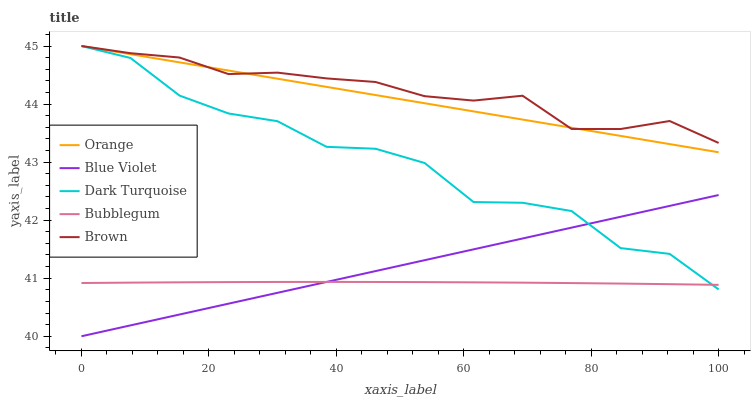
| xaxis_label | Orange | Blue Violet | Dark Turquoise | Bubblegum | Brown |
 | --- | --- | --- | --- | --- | --- |
 | 0 | 45 | 40 | 45 | 40.9 | 45 |
 | 7.69 | 44.9 | 40.2 | 44.8 | 40.9 | 44.9 |
 | 15.4 | 44.7 | 40.4 | 44.1 | 40.9 | 44.8 |
 | 23.1 | 44.6 | 40.6 | 43.8 | 40.9 | 44.5 |
 | 30.8 | 44.4 | 40.7 | 43.7 | 40.9 | 44.5 |
 | 38.5 | 44.3 | 40.9 | 43.3 | 40.9 | 44.4 |
 | 46.2 | 44.2 | 41.1 | 43.2 | 40.9 | 44.4 |
 | 53.8 | 44 | 41.3 | 43 | 40.9 | 44.1 |
 | 61.5 | 43.9 | 41.5 | 42.3 | 40.9 | 44.1 |
 | 69.2 | 43.7 | 41.7 | 42.3 | 40.9 | 44.1 |
 | 76.9 | 43.6 | 41.9 | 42.2 | 40.9 | 43.6 |
 | 84.6 | 43.5 | 42.1 | 41.5 | 40.9 | 43.6 |
 | 92.3 | 43.3 | 42.2 | 41.4 | 40.9 | 43.7 |
 | 100 | 43.2 | 42.4 | 40.8 | 40.9 | 43.3 |